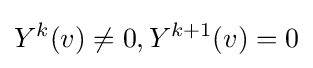
Y^{k}(v)\neq 0,Y^{k+1}(v)=0